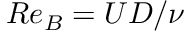
R e _ { B } = U D / \nu